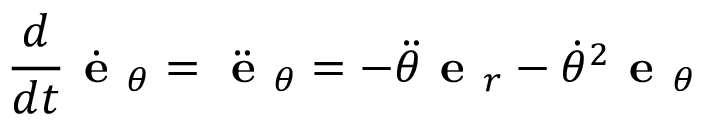
{ \frac { d } { d t } } { \dot { \textbf { e } } } _ { \theta } = { \ddot { \textbf { e } } } _ { \theta } = - { \ddot { \theta } } { \textbf { e } } _ { r } - { \dot { \theta } } ^ { 2 } { \textbf { e } } _ { \theta }